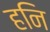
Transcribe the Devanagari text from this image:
हनि